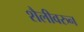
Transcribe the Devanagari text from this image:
शैलीवरुन